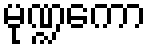
မုဏ္ဍကော